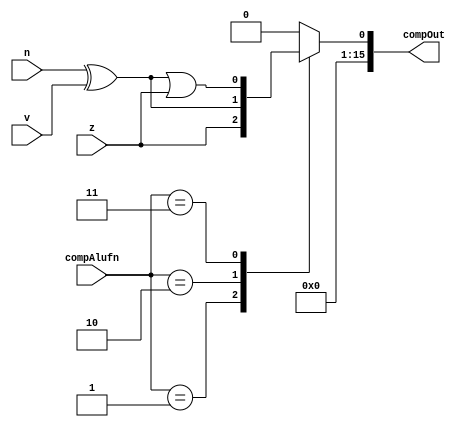
module comp_16_15 (
    input z,
    input v,
    input n,
    input [1:0] compAlufn,
    output reg [15:0] compOut
  );
  
  
  
  reg temp;
  
  always @* begin
    
    case (compAlufn)
      2'h1: begin
        temp = z;
      end
      2'h2: begin
        temp = n ^ v;
      end
      2'h3: begin
        temp = (n ^ v) | z;
      end
      default: begin
        temp = 1'h0;
      end
    endcase
    compOut[1+14-:15] = 15'h0000;
    compOut[0+0-:1] = temp;
  end
endmodule